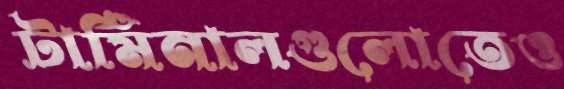
টার্মিনালগুলোতেও